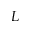
L